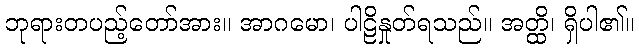
ဘုရားတပည့်တော်အား။ အာဂမော၊ ပါဠိနှုတ်ရသည်။ အတ္ထိ၊ ရှိပါ၏။